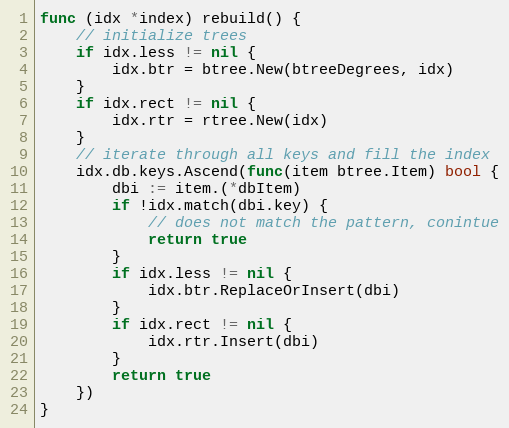
Language: Go
func (idx *index) rebuild() {
	// initialize trees
	if idx.less != nil {
		idx.btr = btree.New(btreeDegrees, idx)
	}
	if idx.rect != nil {
		idx.rtr = rtree.New(idx)
	}
	// iterate through all keys and fill the index
	idx.db.keys.Ascend(func(item btree.Item) bool {
		dbi := item.(*dbItem)
		if !idx.match(dbi.key) {
			// does not match the pattern, conintue
			return true
		}
		if idx.less != nil {
			idx.btr.ReplaceOrInsert(dbi)
		}
		if idx.rect != nil {
			idx.rtr.Insert(dbi)
		}
		return true
	})
}